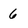
Character: 6